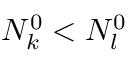
N _ { k } ^ { 0 } < N _ { l } ^ { 0 }